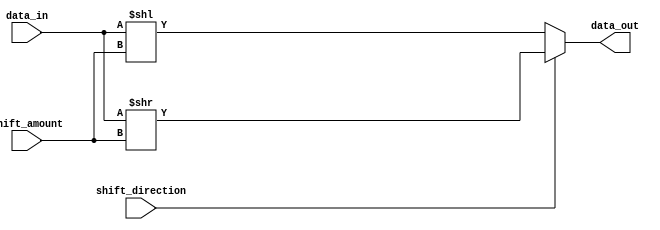
module barrel_shifter (
  input wire [7:0] data_in,
  input wire [3:0] shift_amount,
  input wire shift_direction,
  output wire [7:0] data_out
);

reg [7:0] shifted_data;

always @(*) begin
  if (shift_direction == 0) begin
    shifted_data = data_in << shift_amount;
  end else begin
    shifted_data = data_in >> shift_amount;
  end
end

assign data_out = shifted_data;

endmodule